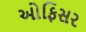
ઓફિસર